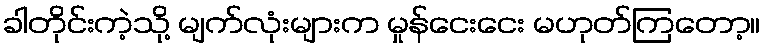
ခါတိုင်းကဲ့သို့ မျက်လုံးများက မှုန်ငေးငေး မဟုတ်ကြတော့။